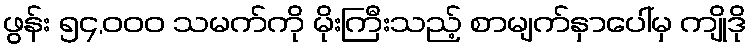
ဖွန်း ၅၄,၀၀၀ သမက်ကို မိုးကြီးသည့် စာမျက်နှာပေါ်မှ ကျိုဒို